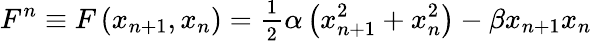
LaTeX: F^{n}\equiv F\left(x_{n+1},x_{n}\right)=\frac{_1}{^2}\alpha\left(x_{n+1}^{2}+x_{n}^{2}\right)-\beta x_{n+1}x_{n}